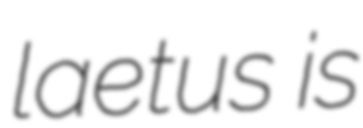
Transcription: laetus is